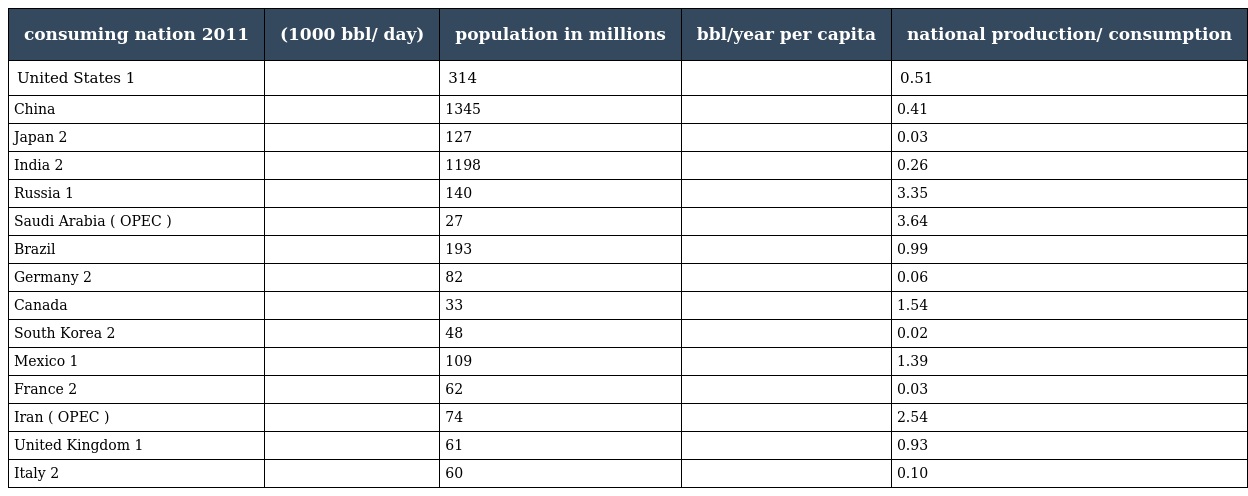
| consuming nation 2011 | (1000 bbl/ day) | population in millions | bbl/year per capita | national production/ consumption |
 | --- | --- | --- | --- | --- |
 | United States 1 |  | 314 |  | 0.51 |
 | China |  | 1345 |  | 0.41 |
 | Japan 2 |  | 127 |  | 0.03 |
 | India 2 |  | 1198 |  | 0.26 |
 | Russia 1 |  | 140 |  | 3.35 |
 | Saudi Arabia ( OPEC ) |  | 27 |  | 3.64 |
 | Brazil |  | 193 |  | 0.99 |
 | Germany 2 |  | 82 |  | 0.06 |
 | Canada |  | 33 |  | 1.54 |
 | South Korea 2 |  | 48 |  | 0.02 |
 | Mexico 1 |  | 109 |  | 1.39 |
 | France 2 |  | 62 |  | 0.03 |
 | Iran ( OPEC ) |  | 74 |  | 2.54 |
 | United Kingdom 1 |  | 61 |  | 0.93 |
 | Italy 2 |  | 60 |  | 0.10 |